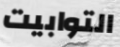
التوابيت